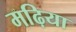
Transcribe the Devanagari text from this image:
मढ़िया